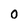
Character: O